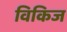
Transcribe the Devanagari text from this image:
विकिज